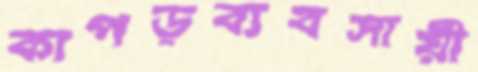
কাপড়ব্যবসায়ী